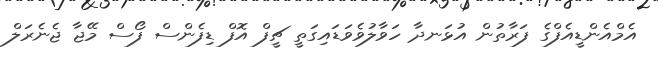
އެމްއެންޑީއެފްގެ ފަރާތުން އުޅަނދާ ހަވާލުވެވަޑައިގަތީ ޗީފް އޮފް ޑިފެންސް ފޯސް މޭޖާ ޖެނެރަލް